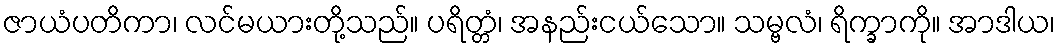
ဇာယံပတိကာ၊ လင်မယားတို့သည်။ ပရိတ္တံ၊ အနည်းငယ်သော။ သမ္ဗလံ၊ ရိက္ခာကို။ အာဒါယ၊